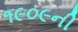
૧૯૦૯ની